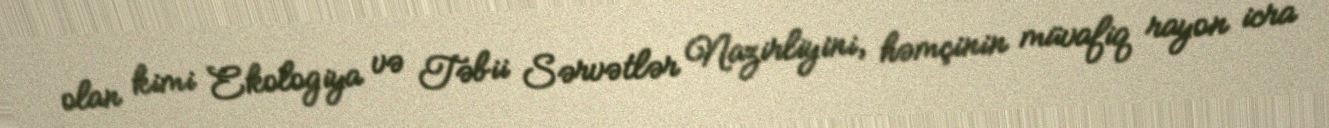
olan kimi Ekologiya və Təbii Sərvətlər Nazirliyini, həmçinin müvafiq rayon icra